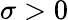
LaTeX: \sigma>0